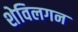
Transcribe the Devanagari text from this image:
शेविलगन